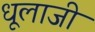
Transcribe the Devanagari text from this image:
धूलाजी